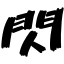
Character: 閃